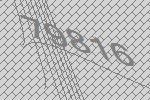
79816